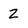
Character: 2